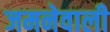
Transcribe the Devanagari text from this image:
जमनेवाली